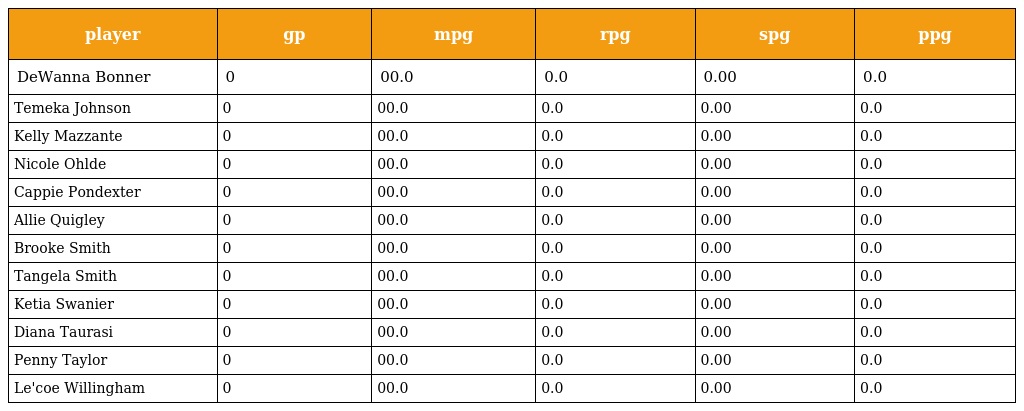
| player | gp | mpg | rpg | spg | ppg |
 | --- | --- | --- | --- | --- | --- |
 | DeWanna Bonner | 0 | 00.0 | 0.0 | 0.00 | 0.0 |
 | Temeka Johnson | 0 | 00.0 | 0.0 | 0.00 | 0.0 |
 | Kelly Mazzante | 0 | 00.0 | 0.0 | 0.00 | 0.0 |
 | Nicole Ohlde | 0 | 00.0 | 0.0 | 0.00 | 0.0 |
 | Cappie Pondexter | 0 | 00.0 | 0.0 | 0.00 | 0.0 |
 | Allie Quigley | 0 | 00.0 | 0.0 | 0.00 | 0.0 |
 | Brooke Smith | 0 | 00.0 | 0.0 | 0.00 | 0.0 |
 | Tangela Smith | 0 | 00.0 | 0.0 | 0.00 | 0.0 |
 | Ketia Swanier | 0 | 00.0 | 0.0 | 0.00 | 0.0 |
 | Diana Taurasi | 0 | 00.0 | 0.0 | 0.00 | 0.0 |
 | Penny Taylor | 0 | 00.0 | 0.0 | 0.00 | 0.0 |
 | Le'coe Willingham | 0 | 00.0 | 0.0 | 0.00 | 0.0 |